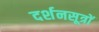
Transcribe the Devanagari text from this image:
दर्शनसूत्रों